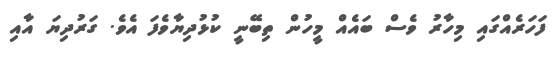
ފަހަރެއްގައި މިހާރު ވެސް ބައެއް މީހުން ތިބޭނީ ކުޅުދިޔާވެފަ އެވެ. ގަރުދިޔަ އާއި